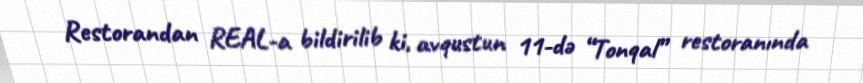
Restorandan REAL-a bildirilib ki, avqustun 11-də “Tonqal” restoranında